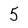
Character: 5